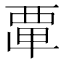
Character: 𮗂